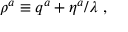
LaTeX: \rho ^ { a } \equiv q ^ { a } + \eta ^ { a } / \lambda ~ ,